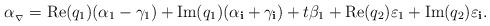
LaTeX: \begin{align*}\alpha_{_\nabla}=\mathrm{Re}(q_{1})(\alpha_{1}-\gamma_{1})+\mathrm{Im}(q_{1})(\alpha_{\bf{i}}+\gamma_{\bf{i}})+t\beta_{1}+\mathrm{Re}(q_{2})\varepsilon_{1}+\mathrm{Im}(q_{2})\varepsilon_{\bf i}.\end{align*}